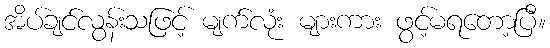
အိပ်ချင်လွန်းသဖြင့် မျက်လုံး များကား ဖွင့်မရတော့ပြီ။